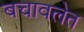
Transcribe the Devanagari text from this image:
बचावलेत